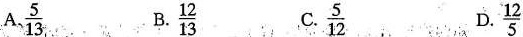
A.\frac{15}{13} B.\frac{12}{13} C.\frac{5}{12} D.\frac{12}{5}